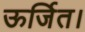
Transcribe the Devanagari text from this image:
ऊर्जित।